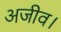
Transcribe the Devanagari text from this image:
अजीव।